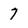
Character: 7